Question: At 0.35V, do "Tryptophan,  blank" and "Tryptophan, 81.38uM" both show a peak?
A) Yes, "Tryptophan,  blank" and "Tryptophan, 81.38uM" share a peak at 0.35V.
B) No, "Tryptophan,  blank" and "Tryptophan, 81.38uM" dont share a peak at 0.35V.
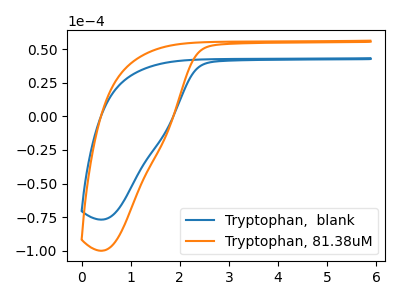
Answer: <think>The blue curve "Tryptophan,  blank" has no peaks. The orange curve "Tryptophan, 81.38uM" has no peaks.</think>
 <answer>B) No, "Tryptophan,  blank" and "Tryptophan, 81.38uM" dont share a peak at 0.35V.</answer>
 <eval>B</eval>